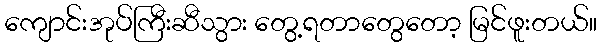
ကျောင်းအုပ်ကြီးဆီသွား တွေ့ရတာတွေတော့ မြင်ဖူးတယ်။